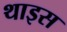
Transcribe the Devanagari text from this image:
थाइस